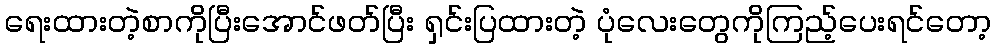
ရေးထားတဲ့စာကိုပြီးအောင်ဖတ်ပြီး ရှင်းပြထားတဲ့ ပုံလေးတွေကိုကြည့်ပေးရင်တော့